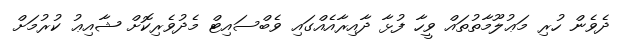
ދެވެން ހުރި މަޢުލޫމާތުތައް ވީހާ ފުޅާ ދާއިރާއެއްގައި ވެބްސައިޓް މެދުވެރިކޮށް ޝާއިޢު ކުރުމަށް